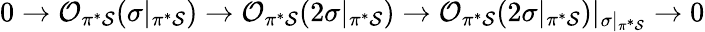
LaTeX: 0\rightarrow{\cal O}_{\pi^{*}{\cal S}}(\sigma|_{\pi^{*}{\cal S}})\rightarrow{\cal O}_{\pi^{*}{\cal S}}(2\sigma|_{\pi^{*}{\cal S}})\rightarrow{\cal O}_{\pi^{*}{\cal S}}(2\sigma|_{\pi^{*}{\cal S}})|_{\sigma|_{\pi^{*}{\cal S}}}\rightarrow 0